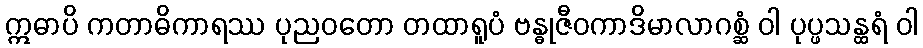
ဣဓာပိ ကတာဓိကာရဿ ပုညဝတော တထာရူပံ ဗန္ဓုဇီဝကာဒိမာလာဂစ္ဆံ ဝါ ပုပ္ဖသန္ထရံ ဝါ